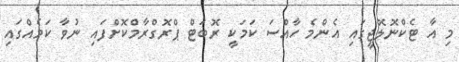
މި އާ ޓެކްނޮލޮޖީގައި އެންމެ ހާއްސަ ކަމަކީ ރޮބަޓް ޕްރޮގްރާމްކޮށްފައި ނުވާ ކަމެއްގައި